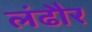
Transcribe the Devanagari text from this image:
लंढौर